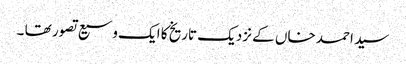
سید احمد خاں کے نزدیک تاریخ کا ایک وسیع تصور تھا ۔